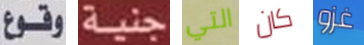
وقوع جنية التي كان غزو